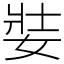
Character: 娤